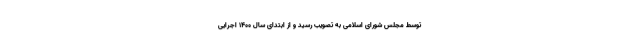
توسط مجلس شورای اسلامی به تصویب رسید و از ابتدای سال 1400 اجرایی